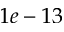
1 e - 1 3